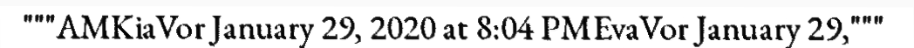
"""AMKiaVor January 29, 2020 at 8:04 PMEvaVor January 29,"""